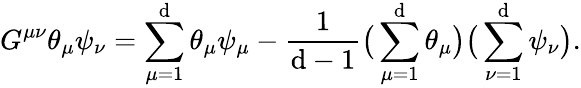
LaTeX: G^{\mu\nu}\theta_{\mu}\psi_{\nu}=\sum_{\mu=1}^{\mathrm{d}}\theta_{\mu}\psi_{\mu}-\frac{{1}}{{\mathrm{d}-1}}\big(\sum_{\mu=1}^{\mathrm{d}}\theta_{\mu}\big)\big(\sum_{\nu=1}^{\mathrm{d}}\psi_{\nu}\big).